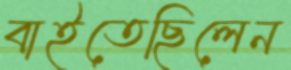
বাইতেছিলেন